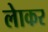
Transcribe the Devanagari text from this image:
लेाकर